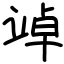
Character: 竨